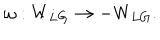
\omega : W _ { L G } \rightarrow - W _ { L G } .